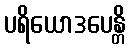
ပရိယောဒပေန္တိ